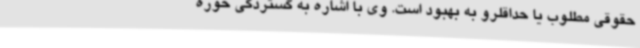
حقوقی مطلوب یا حداقلرو به بهبود است. وی با اشاره به گستردگی حوزه